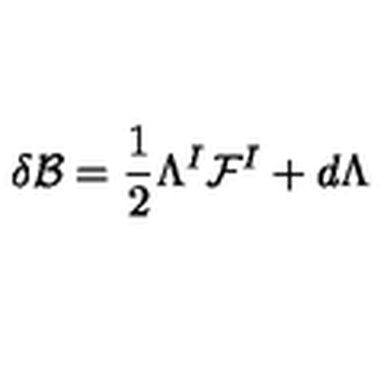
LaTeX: \delta { \cal B } = \frac 1 2 \Lambda ^ { I } { \cal F } ^ { I } + d \Lambda